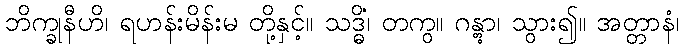
ဘိက္ခုနီဟိ၊ ရဟန်းမိန်းမ တို့နှင့်။ သဒ္ဓိံ၊ တကွ။ ဂန္တွာ၊ သွား၍။ အတ္တာနံ၊